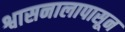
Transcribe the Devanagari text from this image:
श्वासनालापासून